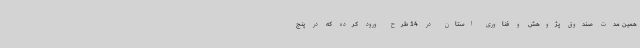
همین مدت صندوق پژوهش و فناوری استان در 14 طرح ورود کرده که در پنج